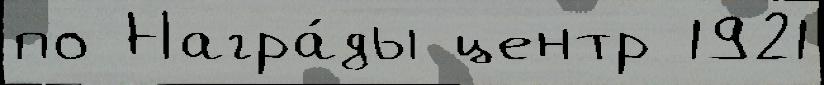
по Награ́ды центр 1921